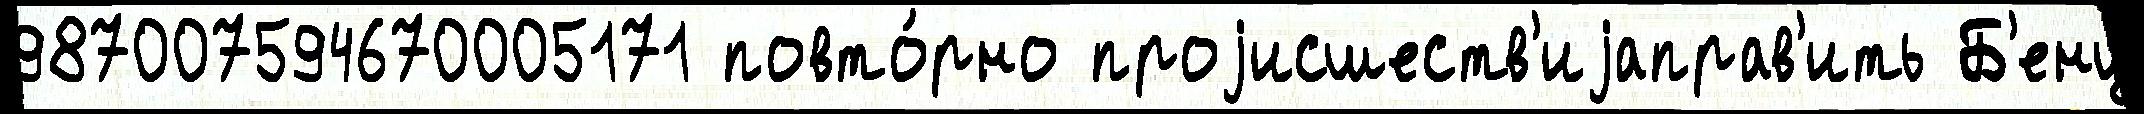
987007594670005171 повто́рно проjисшеств'иjаправ'ить Б'енц